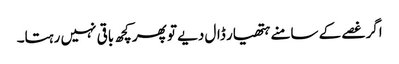
اگر غصے کے سامنے ہتھیار ڈال دیے تو پھر کچھ باقی نہیں رہتا۔